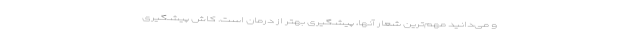
و می‌دانید مهم‌ترین شعار آنها، پیشگیری بهتر از درمان است. کاش پیشگیری